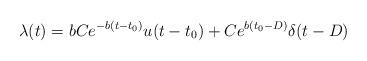
LaTeX: \begin{align*}\lambda(t) = bCe^{-b(t-t_0)}u(t-t_0) + Ce^{b(t_0-D)}\delta(t-D)\end{align*}